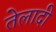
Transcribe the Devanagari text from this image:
तेलादी